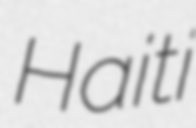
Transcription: Haiti